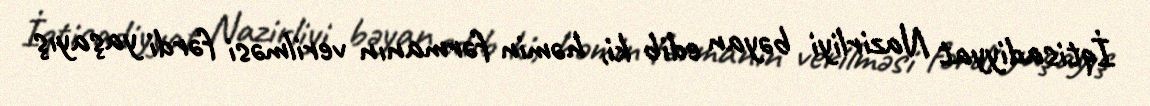
İqtisadiyyat Nazirliyi bəyan edib ki, həmin fərmanın verilməsi fərdi yaşayış